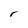
Character: r